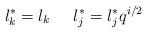
LaTeX: \begin{align*}l^{\ast}_k=l_k\;\;\;\;\;l^{\ast}_j=l^{\ast}_jq^{i/2}\end{align*}